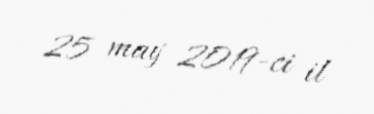
25 may 2019-ci il